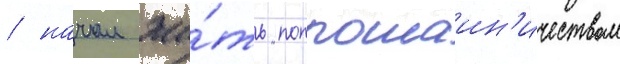
/ начал жи́ть попрошаин'ичеством